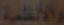
والأنظمة